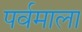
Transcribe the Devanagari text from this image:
पर्वमाला